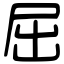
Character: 屈